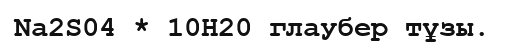
Na2S04 * 10H20 глаубер тұзы.